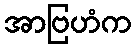
အာဗြဟံက